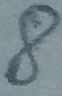
Text: 8